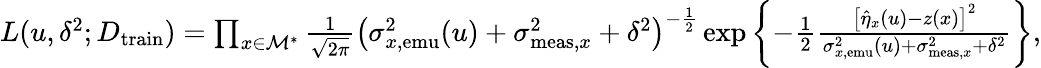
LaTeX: \begin{array}{r}{L(u,\delta^{2};D_{\mathrm{train}})=\prod_{x\in\mathcal{M}^{*}}\frac{1}{\sqrt{2\pi}}\left(\sigma_{x,\mathrm{emu}}^{2}(u)+\sigma_{\mathrm{meas},x}^{2}+\delta^{2}\right)^{-\frac 12}\exp\left\{ -\frac{1}{2}\frac{\left[\hat{\eta}_{x}(u)-z(x)\right]^{2}}{\sigma_{x,\mathrm{emu}}^{2}(u)+\sigma_{\mathrm{meas},x}^{2}+\delta^{2}}\right\} ,}\end{array}